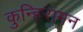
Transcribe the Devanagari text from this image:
कुन्हिरामन